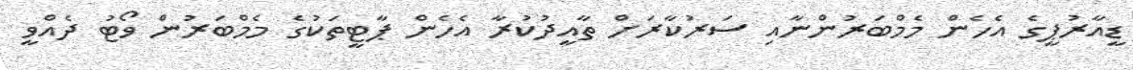
ޑީއާރުޕީގެ އެހެން މެމްބަރުންނާއި ސަރުކާރަށް ތާއީދުކުރާ އެހެން ޕާޓީތަކުގެ މެމްބަރުން ވޯޓު ދެއްވީ